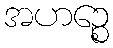
အဟဉ္စေ